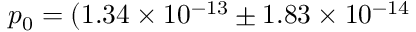
p _ { 0 } = ( 1 . 3 4 \times 1 0 ^ { - 1 3 } \pm 1 . 8 3 \times 1 0 ^ { - 1 4 }